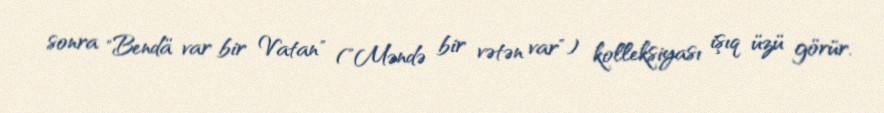
sonra "Bendä var bir Vatan" ("Məndə bir vətən var") kolleksiyası işıq üzü görür.